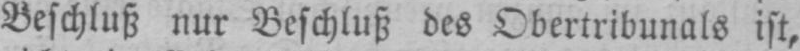
Beschluß nur Beschluß des Obertribunals ist,